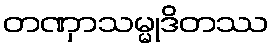
တဏှာသမ္မုဒိတဿ